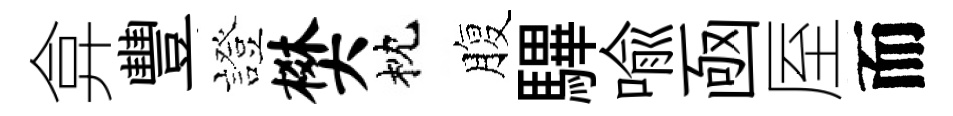
弇豐證樊枕腹驆喩凾厔而